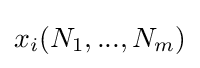
x_{i}(N_{1},...,N_{m})